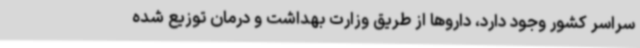
سراسر کشور وجود دارد، داروها از طریق وزارت بهداشت و درمان توزیع شده